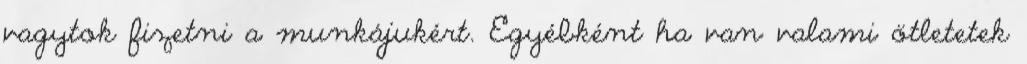
vagytok fizetni a munkájukért. Egyébként ha van valami ötletetek